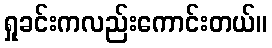
ရှုခင်းကလည်းကောင်းတယ်။